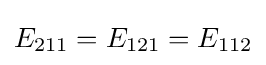
E_{211}=E_{121}=E_{112}